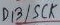
Text: D13/SCK